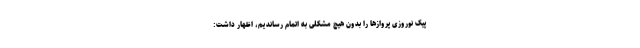
پیک نوروزی پروازها را بدون هیچ مشکلی به اتمام رساندیم، اظهار داشت: